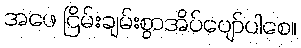
အဖေ ငြိမ်းချမ်းစွာအိပ်ပျော်ပါစေ။